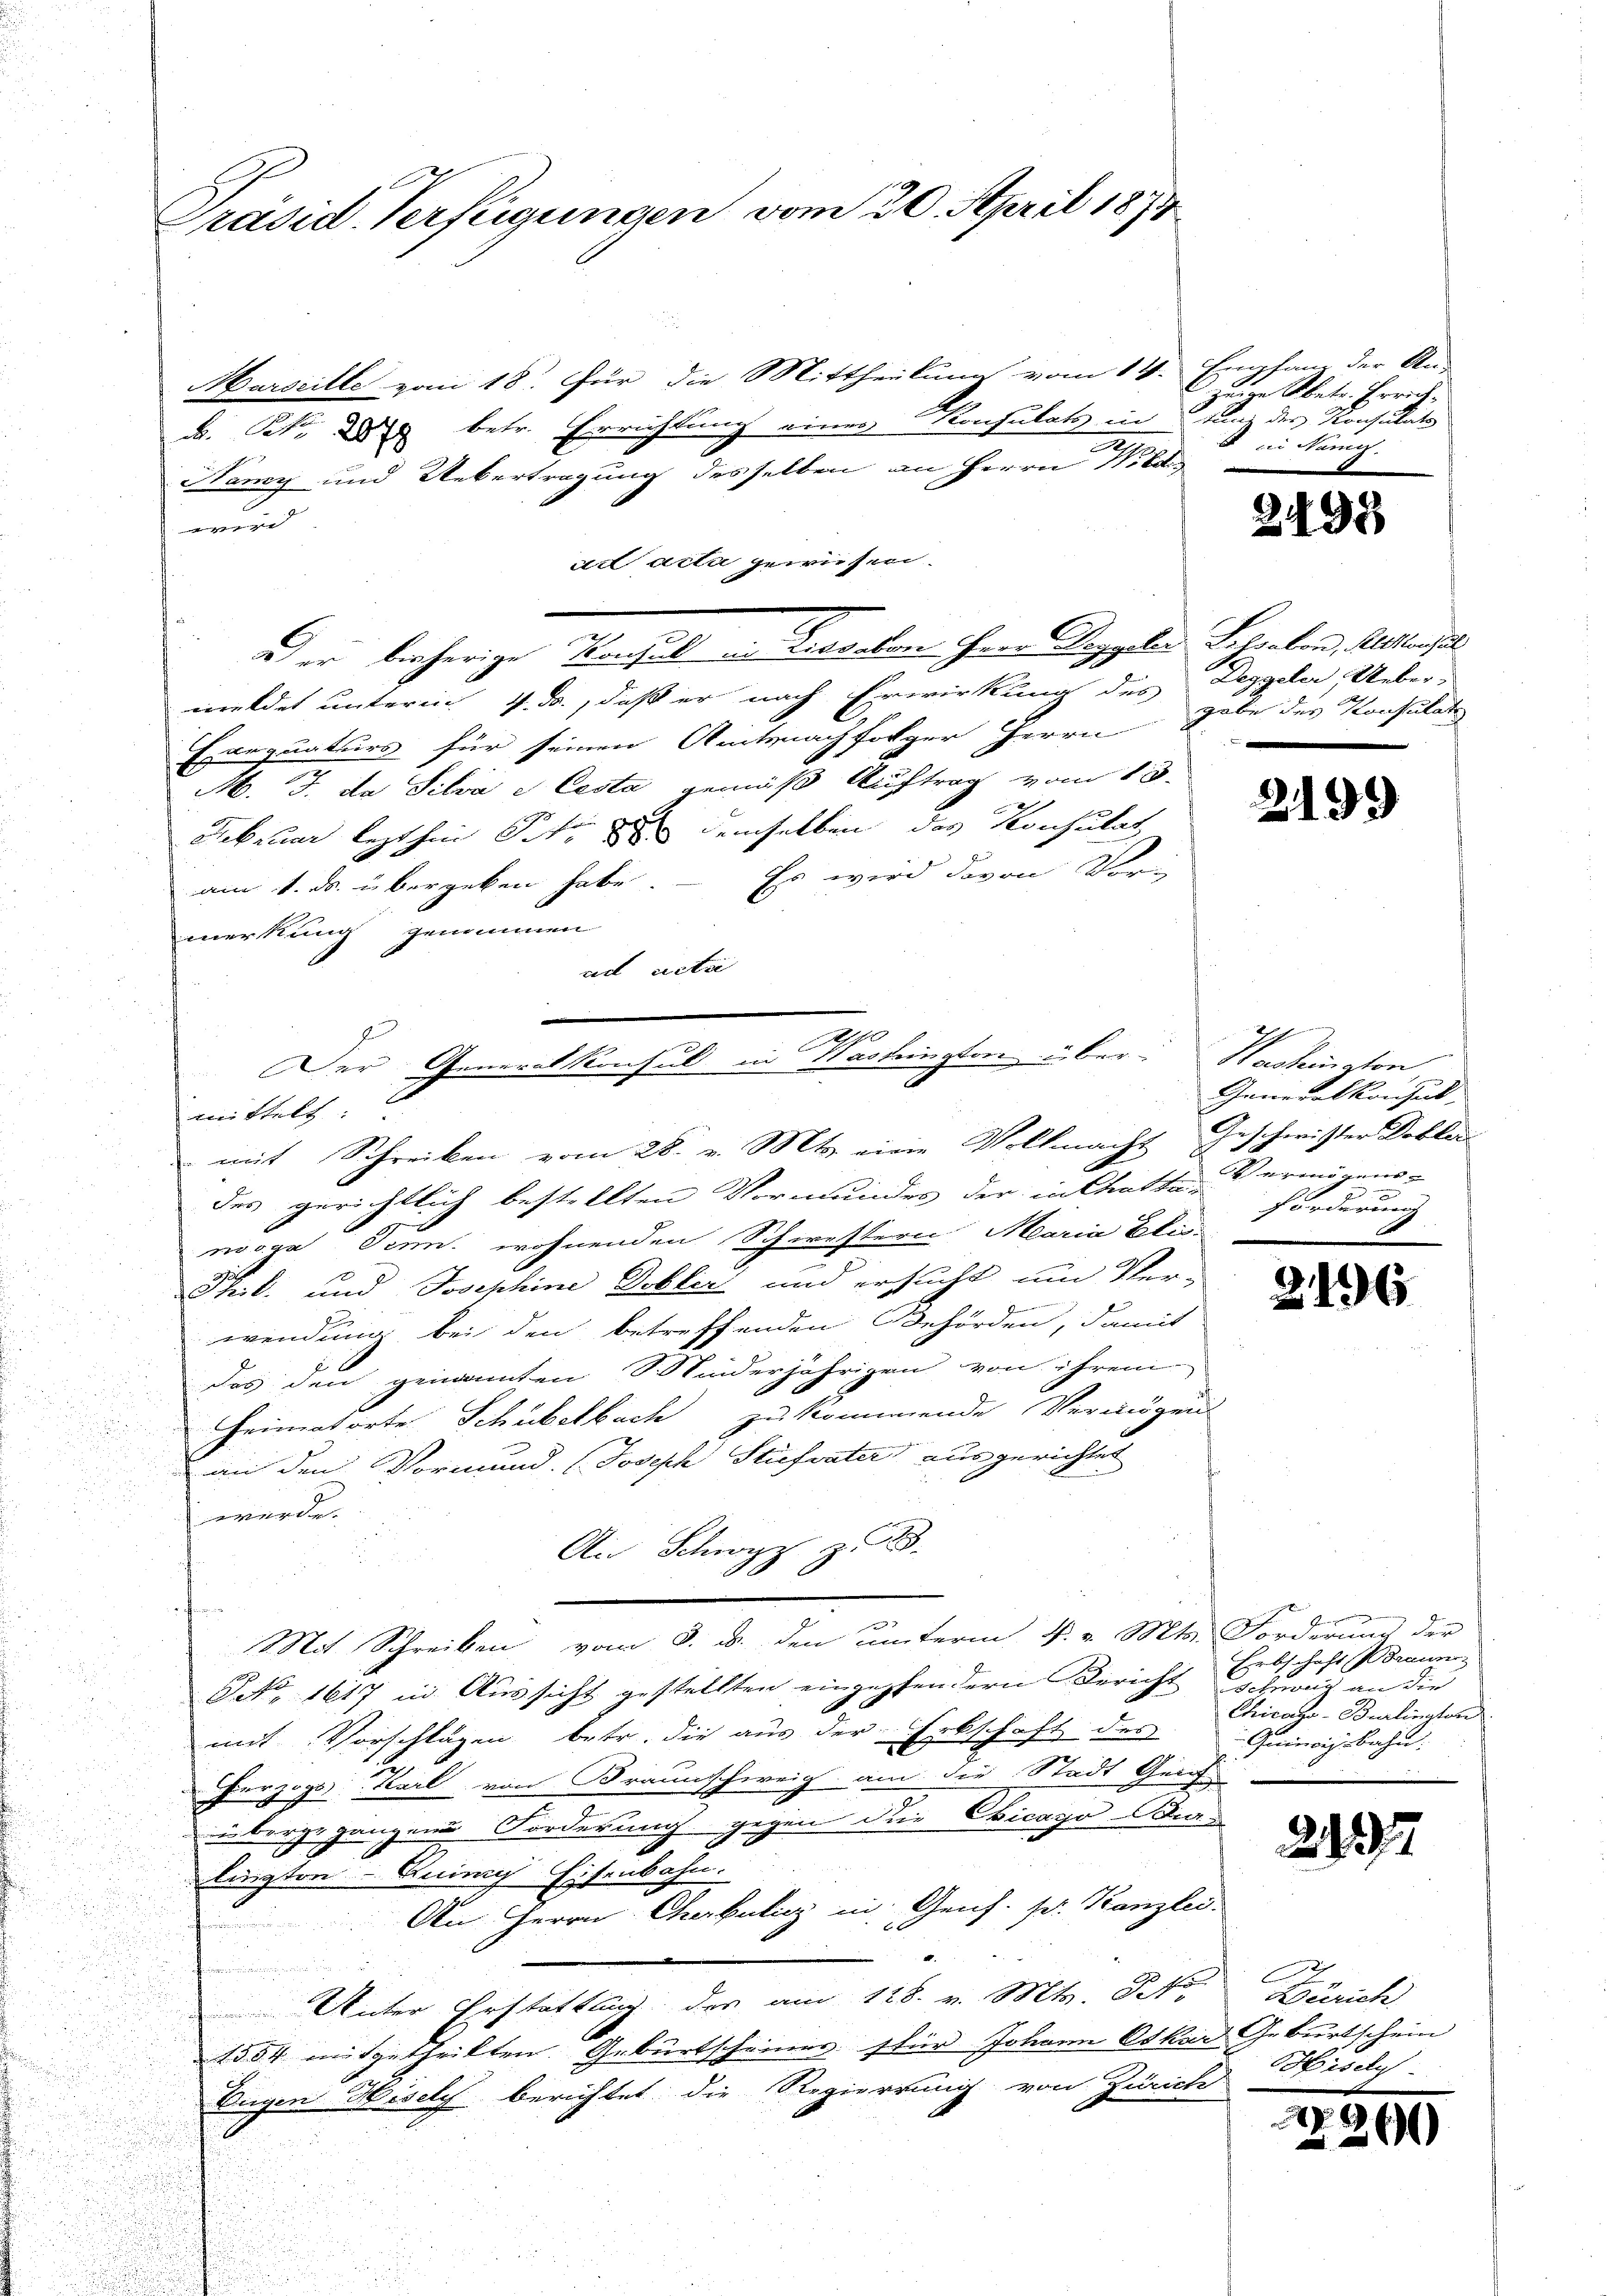
Präsid. Verfügungen vom 20. April 1878

Marseille vom 18. Für die Mittheilung vom 14.
B. P. 2 betr. Errichtung einer Konsulats in und des Konsulate
Namy und Uebertragung desselben an Herrn Pote
maessung de
ad acta gewiesen. |
ud er bisherige Verhalt in Kerschon ihrer Doppeler Scharten, Alleiches
meldet unterm 4. ds., daß er nach Erwirkung des Deggeler, Ueber-
Exequaturs für seinen Amtsnachfolger Herrn
M. J. da Silia e Cesta gemäß Auftrag vom 18.
Februar lezthin Peter demselben das Konsulat
Es wird davon Vor-
am 1. ds. übergeben habe.
merkung genommen
ad acte
eittelt:
mit Schreiben vom 28. v. Mts. eine Vollmacht Geschwister Dobler
des gerichtlich bestellten Vormundes der in Chatte Vermögens-
noga denn, wohnenden Schwestern Maria Blu-
Thl. und Josephine Dobler und ersucht um Ver-
4
wendung bei den betreffenden Behörden, damit
das den genannten Sinderjährigen von ihrem
Frimatorte Schubelbach zu kommende Vermögen
an den Vormund. (Josisch Stiefvater ausgerichtet
würde.
An Schwyz z. B.
u
n
Mit Schreiben vom 3. d. den unterm 4. v. Mts. Forderung der
NNo. 1617 in Aussicht gestellten eingehendern Bericht schweig an die
A
mit Vorschlägen betr. die aus der Erbschaft des Geinnigsbahn:
Herzogs Karl von Braunschweig am die Stadt Geis
übergegangene Forderung gegen die Ovicago Bur
langten Aninach Eisenbahn.
An Herrn Cherbalicz in Genf. pr. Kanzlei-
u
Unter Erstattlung des am 128. v. Mts. S.
1554 mitgetheilten Geburtscheiner stür Johann Oskar Geburtschein
Eugen Hisely berichtet die Regierung von Zürich

210
Der Generalkonsul in Nashingten über-Washington

Empfang der Ans
 zeige Obetr. Errich¬
8 in Nani.

2498

gabe des Konsulate

2199

Generalkonsul
e
forderung

2496

xx
Erbschaft Braun
Chicago-Berlington

217

Zürich
Hideli

)
n

1369